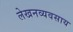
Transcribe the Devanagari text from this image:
लेखनव्यवसाय